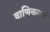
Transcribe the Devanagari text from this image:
वाणिकएवं